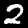
Digit: 2